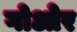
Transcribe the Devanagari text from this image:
गोओर